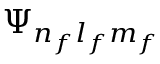
\Psi _ { n _ { f } l _ { f } m _ { f } }